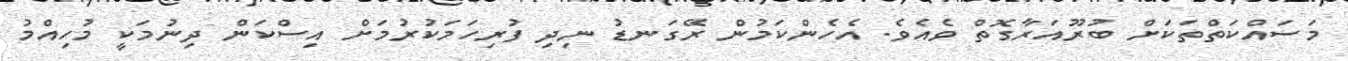
މަސައްކަތްތަކަށް ބުރޫއަރާގޮތް ވެއެވެ. އެހެންކަމުން ރޭގަނޑު ނިދި ފުރިހަމަކުރުމަށް އިސްކަން ދިނުމަކީ މުހިއްމު